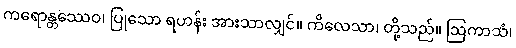
ကရောန္တဿေဝ၊ ပြုသော ရဟန်း အားသာလျှင်။ ကိလေသာ၊ တို့သည်။ ဩကာသံ၊